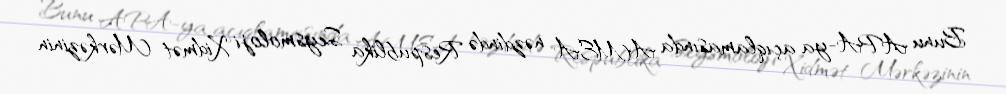
Bunu APA-ya açıqlamasında AMEA nəzdində Respublika Seysmoloji Xidmət Mərkəzinin